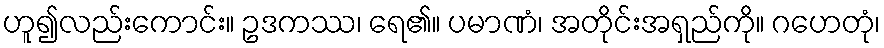
ဟူ၍လည်းကောင်း။ ဥဒကဿ၊ ရေ၏။ ပမာဏံ၊ အတိုင်းအရှည်ကို။ ဂဟေတုံ၊